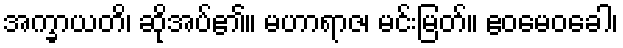
အက္ခာယတိ၊ ဆိုအပ်၏။ မဟာရာဇ၊ မင်းမြတ်။ ဧဝမေဝခေါ၊